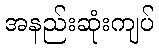
အနည်းဆုံးကျပ်